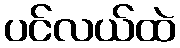
ပင်လယ်ထဲ